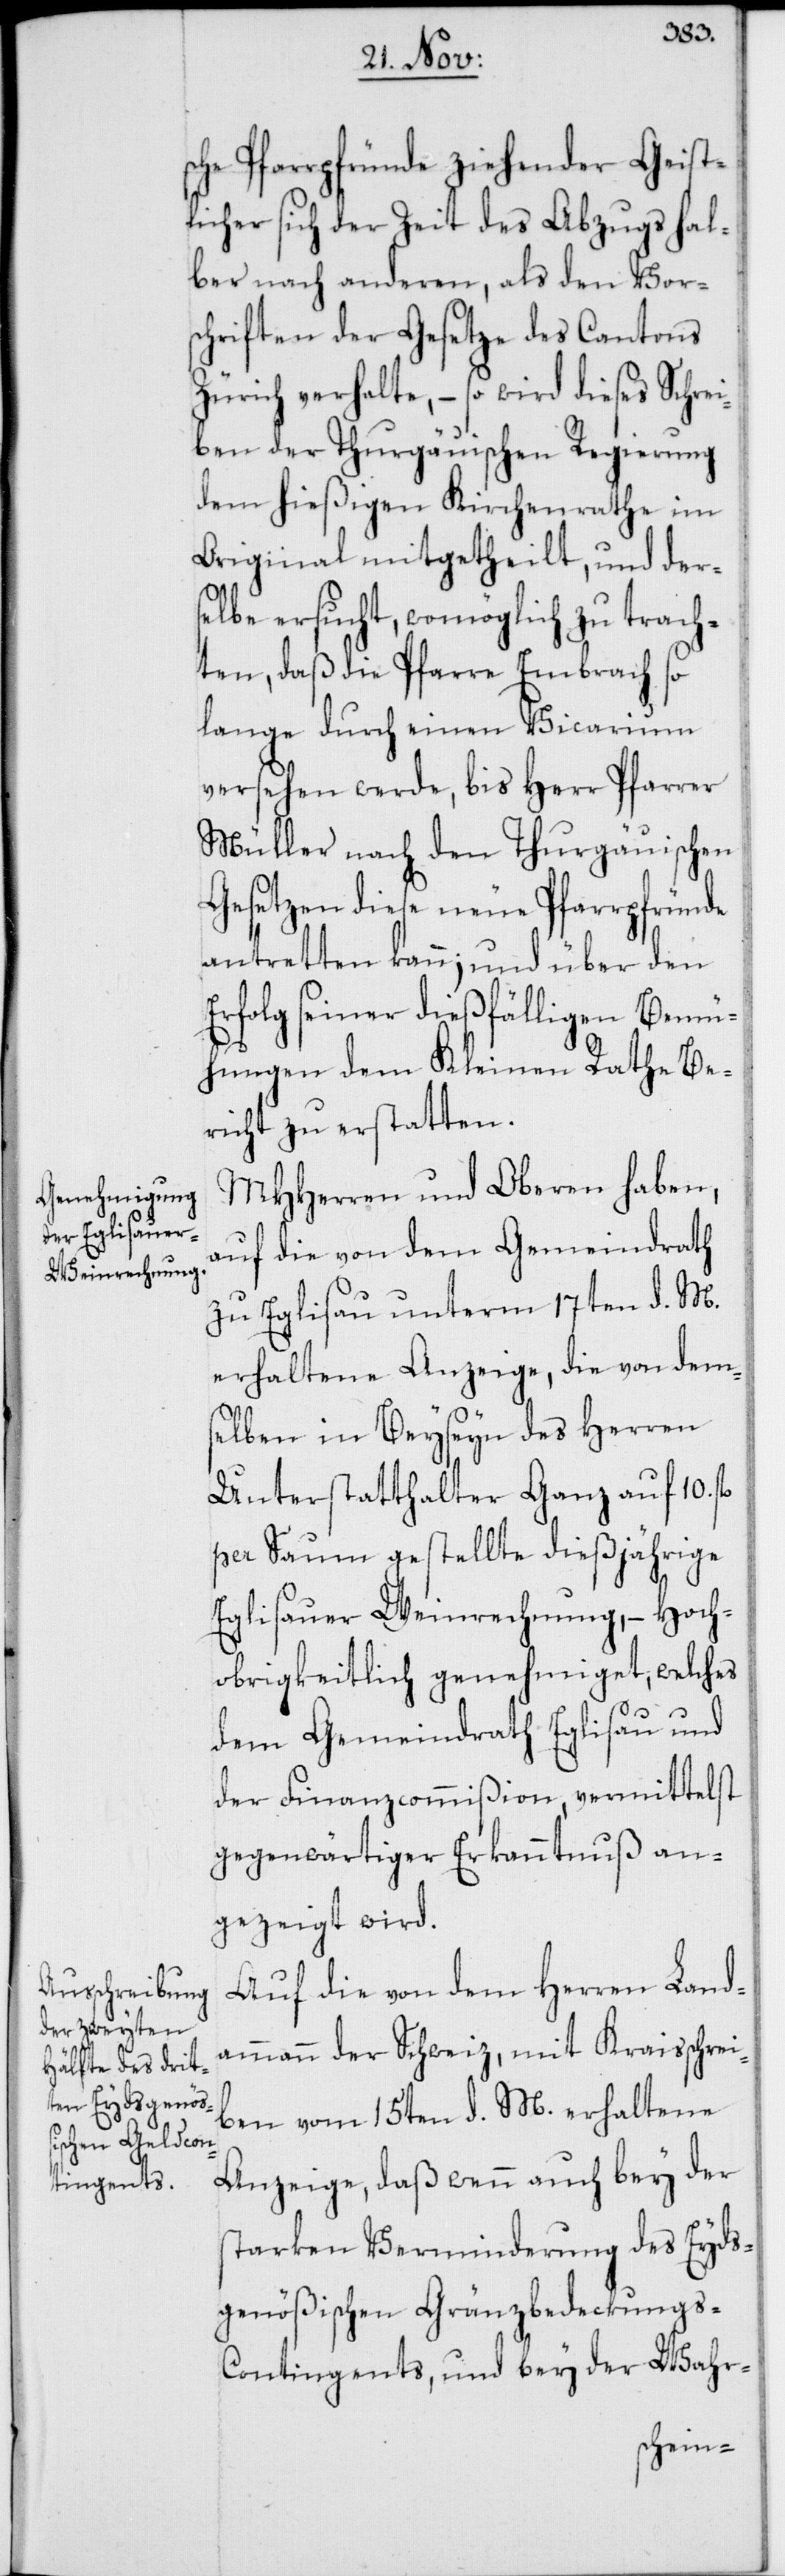
sche Pfarrpfründe ziehender Geist¬
licher sich der Zeit des Abzugs hal¬
ber nach anderen, als den Vor¬
schriften der Gesetze des Cantons
Zürich verhalte, – so wird dieses Schre¬
iben der Thurgauischen Regierung
dem hießigen Kirchenrathe im
Original mitgetheilt, und der¬
selbe ersucht, womöglich zu trach¬
ten, daß die Pfarre Embrach so
lange durch einen Vicarium
versehen werde, bis Herr Pfarrer
Müller nach den Thurgauischen
Gesetzen diese neue Pfarrpfründe
antretten kann; und über den
Erfolg seiner dießfälligen Bemü¬
hungen dem Kleinen Rathe Be¬
richt zu erstatten.
MHHerren und Oberen haben,
auf die von dem Gemeindrath
zu Eglisau unterm 17ten d. M.
erhaltene Anzeige, die von dems¬
elben in Beyseyn des Herren
Unterstatthalter Ganz auf 10. fl.
per Saum gestellte dießjährige
Eglisauer Weinrechnung, – Hoch¬
obrigkeitlich genehmiget, welches
dem Gemeindrath Eglisau und
der Finanzcommißion, vermittelst
gegenwärtiger Erkanntnuß an¬
gezeigt wird.
Auf die von dem Herren Land¬
ammann der Schweiz, mit Kraisschrei¬
ben vom 15ten d. M. erhaltene
Anzeige, daß wenn auch bey der
starken Verminderung des Eyds¬
genößischen Gränzbedeckungs-C¬
ontingents, und bey der Wahr-